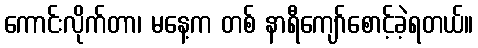
ကောင်းလိုက်တာ၊ မနေ့က တစ် နာရီကျော်စောင့်ခဲ့ရတယ်။